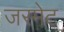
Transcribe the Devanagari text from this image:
जरमेट